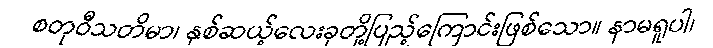
စတုဝီသတိမာ၊ နှစ်ဆယ့်လေးခုတို့ပြည့်ကြောင်းဖြစ်သော။ နာမရူပါ၊